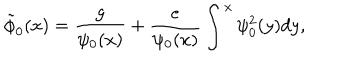
\tilde { \phi } _ { 0 } ( x ) = \frac { g } { \psi _ { 0 } ( x ) } + \frac { e } { \psi _ { 0 } ( x ) } \int ^ { x } \psi _ { 0 } ^ { 2 } ( y ) d y ,